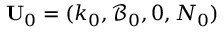
{ \bf U } _ { 0 } = ( k _ { 0 } , \mathscr { B } _ { 0 } , 0 , N _ { 0 } )